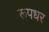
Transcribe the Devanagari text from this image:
रूपधर